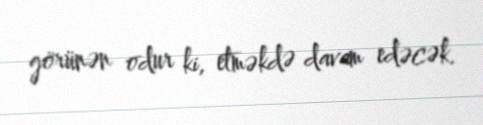
görünən odur ki, etməkdə davam edəcək.